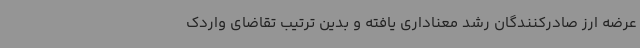
عرضه ارز صادرکنندگان رشد معناداری یافته و بدین ترتیب تقاضای واردک